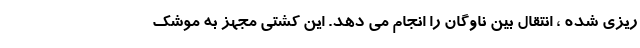
ریزی شده ، انتقال بین ناوگان را انجام می دهد. این کشتی مجهز به موشک